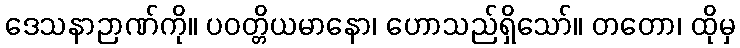
ဒေသနာဉာဏ်ကို။ ပဝတ္တိယမာနော၊ ဟောသည်ရှိသော်။ တတော၊ ထိုမှ